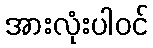
အားလုံးပါဝင်